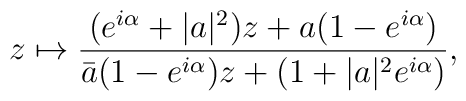
z\mapsto \frac{(e^{i\alpha}+|a|^{2})z+a(1-e^{i\alpha})}{\bar{a}(1-e^{i\alpha})z+(1+|a|^{2}e^{i\alpha})},